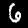
Label: 6